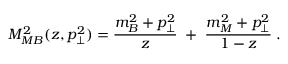
M _ { M B } ^ { 2 } ( z , p _ { \perp } ^ { 2 } ) = \frac { m _ { B } ^ { 2 } + p _ { \perp } ^ { 2 } } { z } \; + \; \frac { m _ { M } ^ { 2 } + p _ { \perp } ^ { 2 } } { 1 - z } \; .